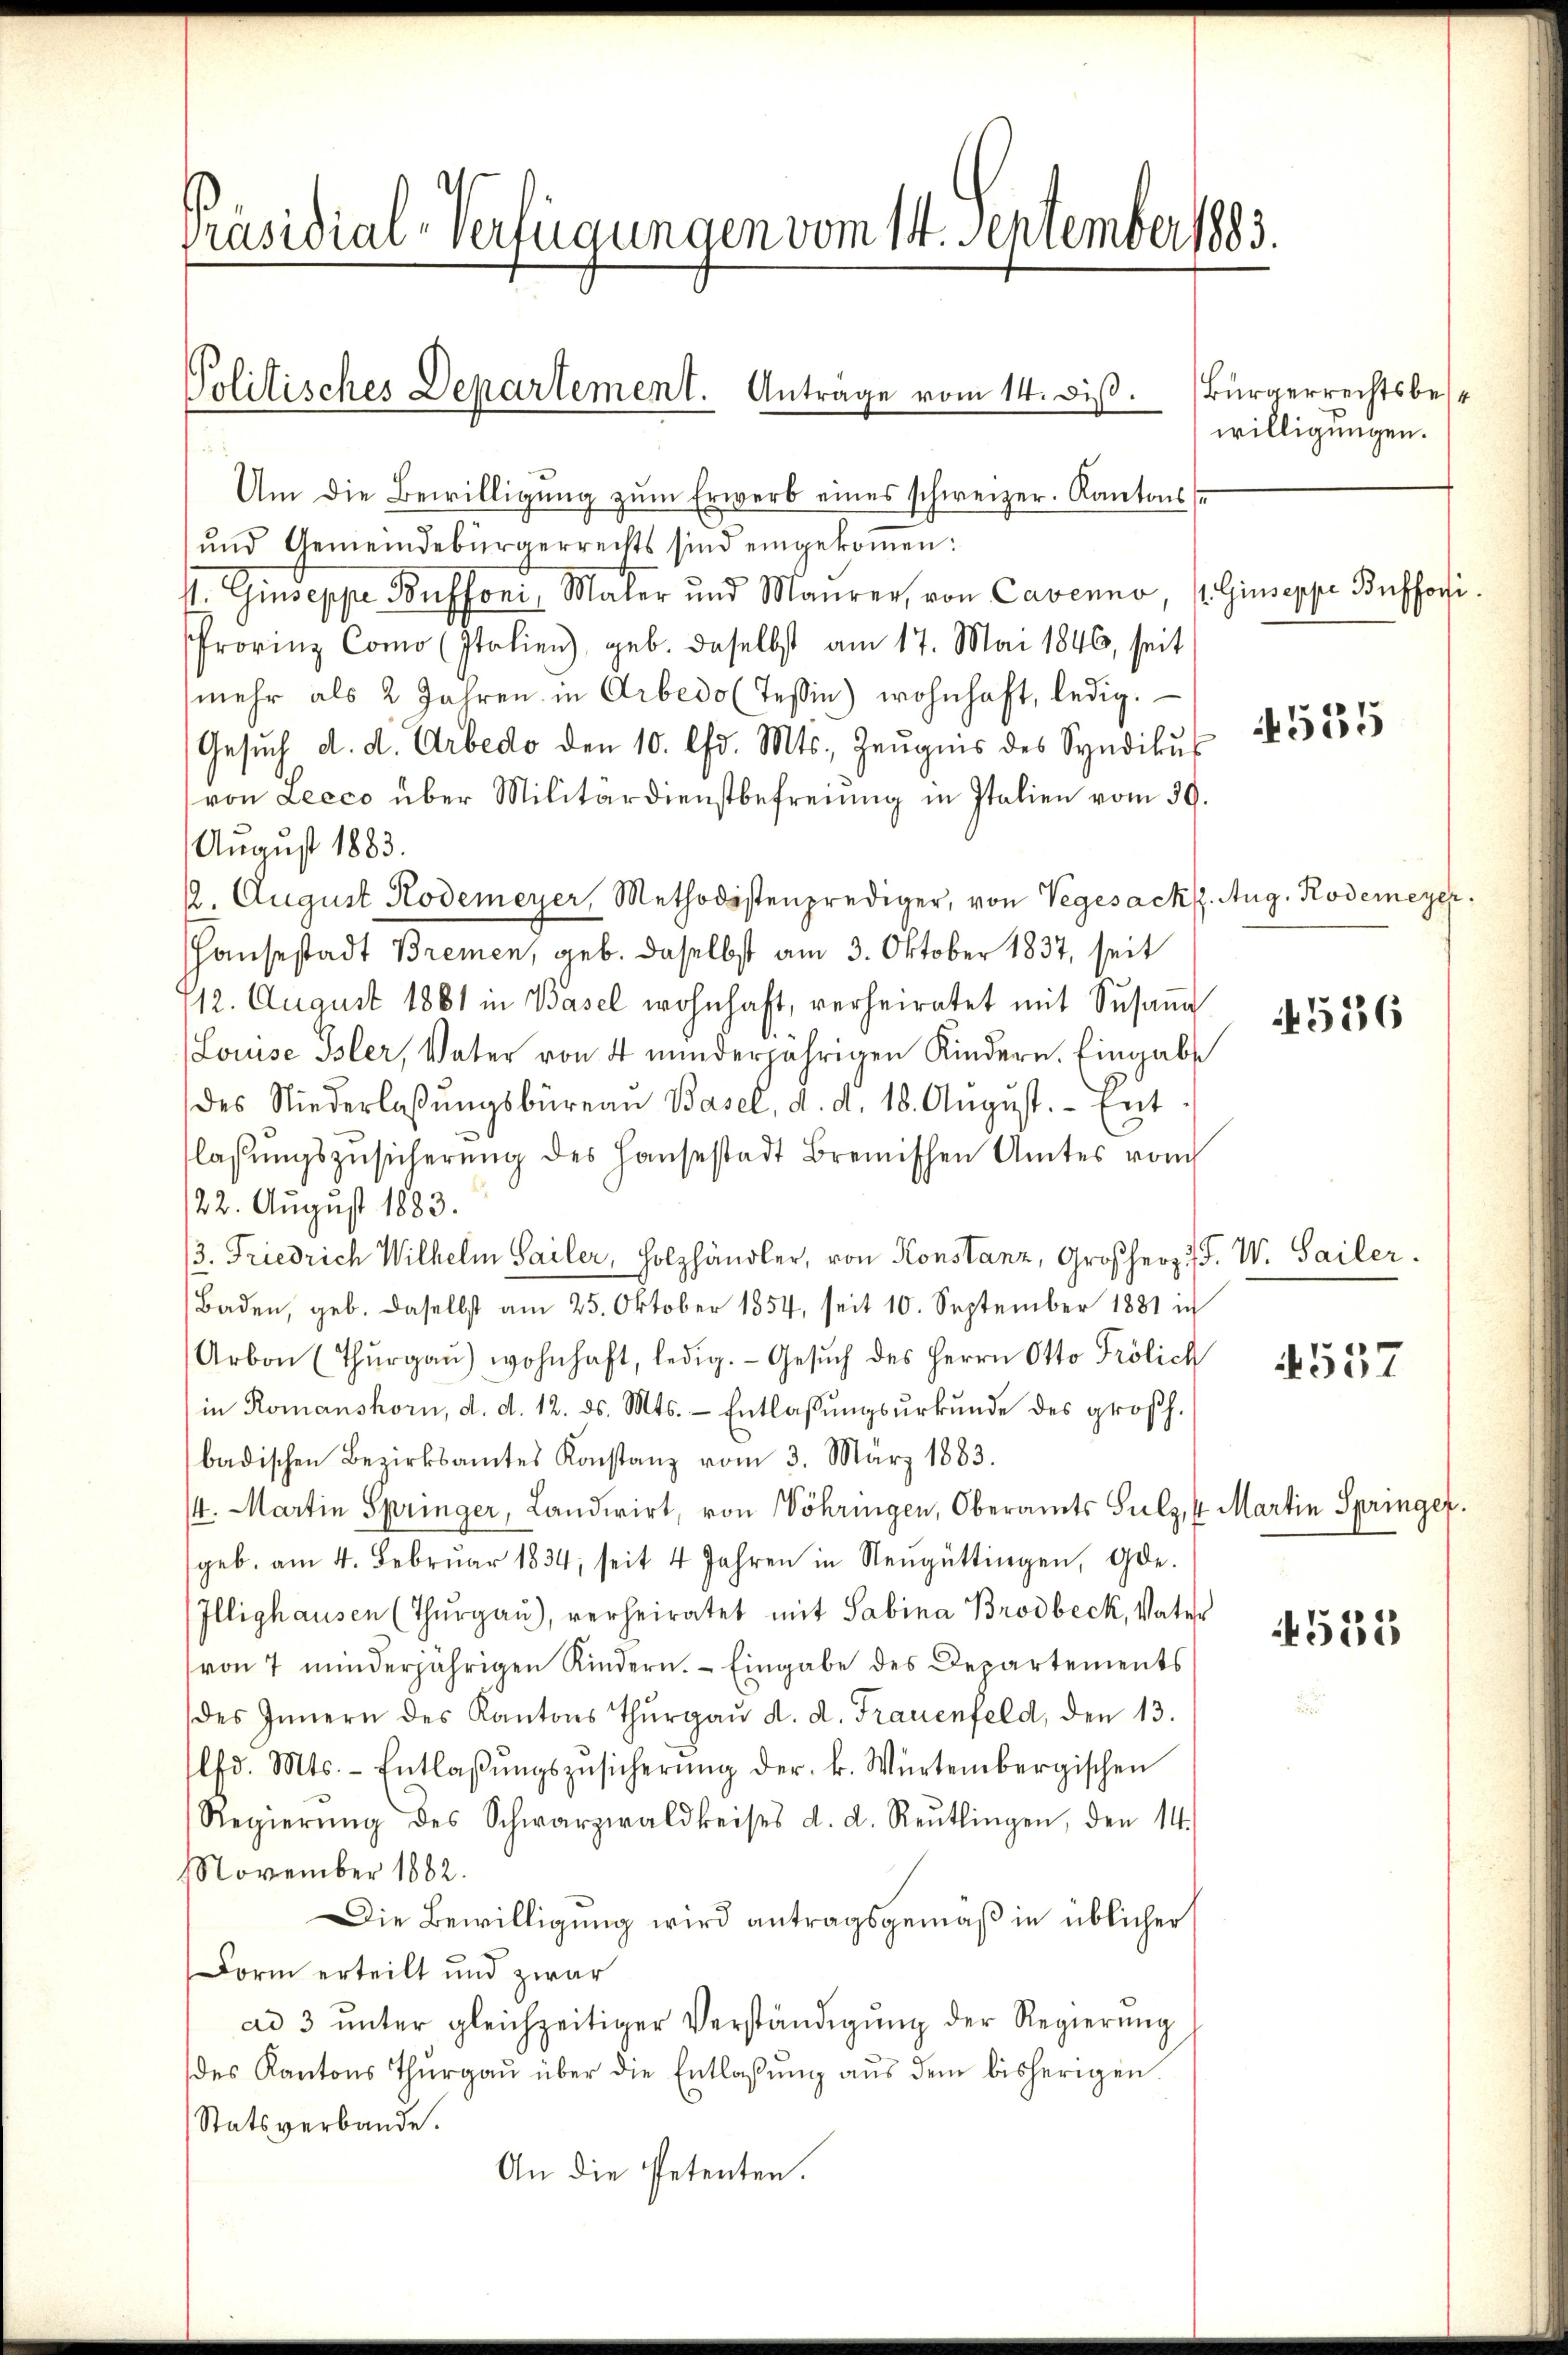
Präsidial-Verfügungen vom 14. September 1883.

Politisches Departement. Anträge vom 14. diβ. Bürgerrechtsbes¬

s
Um die Bewilligung zum Erwerb eines schweizer. Kantons
ŭnd Gemeindebürgerrechts sind eingekoṁen:
II. Giuseppe Buffoni, Maler und Maurer, von Cavenno, Giuseppe Buffori.
Provinz Como (Italien), geb. daselbst am 17. Mai 1846, seit
mehr als 2 Jahren in Arbedo (Tessin) wohnhaft, ledig.
Gesŭch d. d. Arbedo den 10. d. Mts. Zeŭgnis des Syndikus
von Lecco über Militärdienstbefreiung in Italien vom 30.
August 1883.
2. August Kodemeyer, Methodistenprediger, von Vegesack. Aug. Rodemeyer
Hausestadt Bremen, geb. daselbst am 3. Oktober 1837, seit
112. August 1881 in Basel wohnhaft, verheiratet mit Susana
Louise Isler, Vater von 4 minderjährigen Kindern. Eingabe
des Niederlaβŭngsbüreau Basel, d. d. 18. Aŭgŭst. Ent
lassŭngszŭsicherŭng des Haŭsestadt Bremischen Amtes vom
122. August 1883.
3. Friedrich Wilhelm Sailer, Holzhändler, von Konstanz, Großherz. F. W. Sailer.
Baden, geb. daselbst am 25. Oktober 1854, seit 10. September 1881 in
Arbon (Thŭrgaŭ) wohnhaft, ledig. Gesŭch des Herrn Otto Prölich
in Romanshorn, d. d. 12. ds. Mts. - Entlassungsurkunde des großh.
badischen Bezirksamtes Konstanz vom 3. März 1883.
/4. Martin Springer, Landwirt, von Vöhringen, Oberamts Sulz, ½ Martin Springer
geb. am 4. Febrŭar 1834, seit 4 Jahren in Neugüttingen, Gele-
Illighausen (Thŭrgaŭ), verheiratet mit Sabina Brodbeck, Vater
von 7 minderjährigen Rindern. Eingabe des Departements
des Innern des Kantons Thŭrgaŭ d. d. Frauenfeld, den 13.
ld. Mts. - Entlaβŭngszŭsicherŭng der k. Würtembergischen
Regierŭng des Schwarzwaldkeises d. d. Reŭtlingen, den 14.
November 1882.
Die Bewilligung wird antragsgemäß in üblicher
Form erteilt und zwar
ad 3 unter gleichzeitiger Verständigung der Regierung
des Kantons Thŭrgaŭ über die Entlassŭng aŭs dem bisherigen
Statsverbande.
An die Petenten.

willigungen.

4555

4536

4557

4555